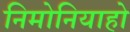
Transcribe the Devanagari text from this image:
निमोनियाहो